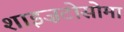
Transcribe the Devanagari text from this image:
शाइज़टोसोमा